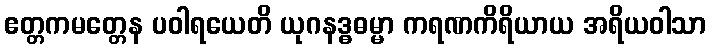
ဧတ္တကမတ္တေန ပဝါရယေတိ ယုဂနဒ္ဓဓမ္မာ ကရဏကိရိယာယ အရိယဝါသာ